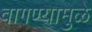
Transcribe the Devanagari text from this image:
वागण्यामुळे